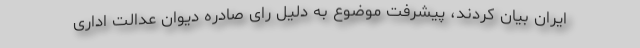
ایران بیان کردند، پیشرفت موضوع به دلیل رای صادره دیوان عدالت اداری